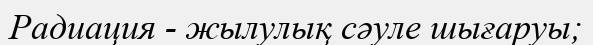
Радиация - жылулық сәуле шығаруы;